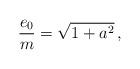
LaTeX: \begin{align*}\frac{e_0}{m} = \sqrt{1 + a^2}\, ,\end{align*}